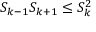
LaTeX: S _ { k - 1 } S _ { k + 1 } \leq S _ { k } ^ { 2 }